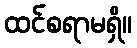
ထင်စရာမရှိ။